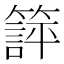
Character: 𬕱